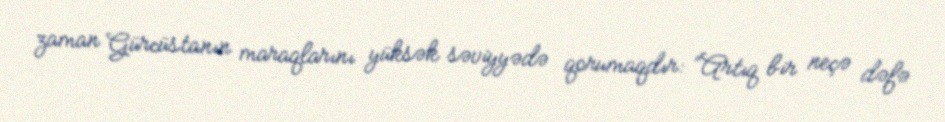
zaman Gürcüstanın maraqlarını yüksək səviyyədə qorumaqdır: “Artıq bir neçə dəfə